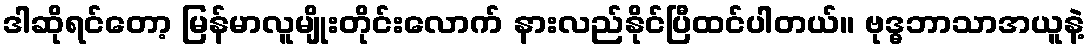
ဒါဆိုရင်တော့ မြန်မာလူမျိုးတိုင်းလောက် နားလည်နိုင်ပြီထင်ပါတယ်။ ဗုဒ္ဓဘာသာအယူနဲ့